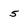
Character: 5